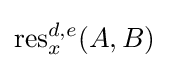
\operatorname {res} _{x}^{d,e}(A,B)